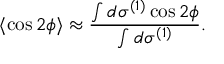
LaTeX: \langle \cos 2 \phi \rangle \approx \frac { \int d \sigma ^ { ( 1 ) } \cos 2 \phi } { \int d \sigma ^ { ( 1 ) } } .